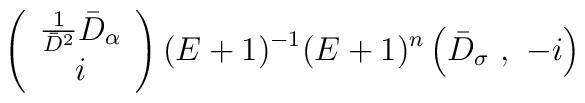
\left(\begin{array}{c}\frac{1}{\bar{D}^2}\bar{D}_\alpha \\ i \end{array}\right)(E+1)^{-1}(E+1)^n\left(\bar{D}_\sigma\ ,\ -i\right)